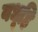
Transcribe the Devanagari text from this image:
वधूहि